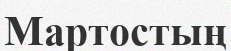
Мартостың